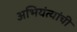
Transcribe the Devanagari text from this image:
अभियंत्यांची